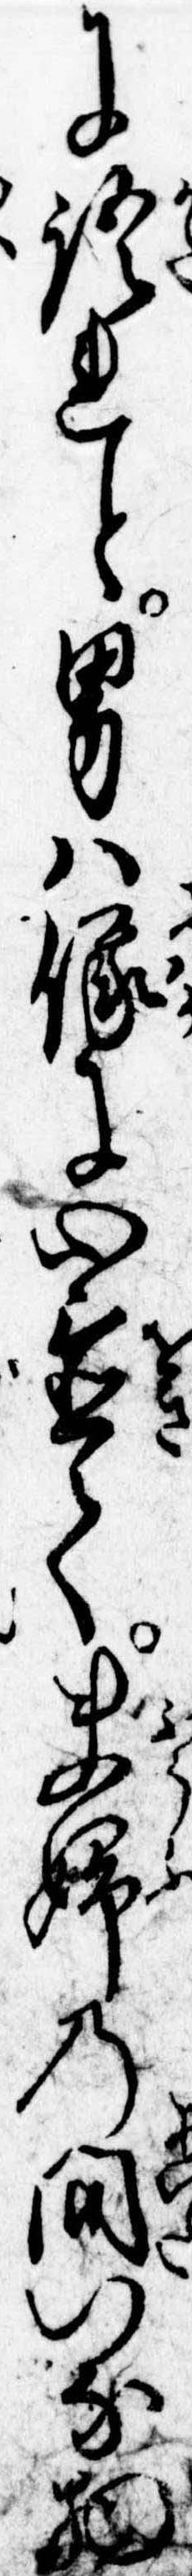
に語れと男は俄に心置て夫婦の間いな物